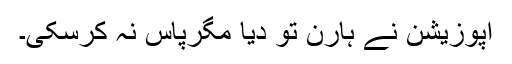
اپوزیشن نے ہارن تو دیا مگرپاس نہ کرسکی۔